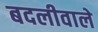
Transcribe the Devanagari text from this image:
बदलीवाले